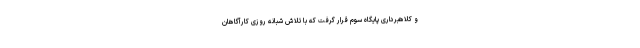
و کلاهبرداری پایگاه سوم قرار گرفت که با تلاش شبانه روزی کارآگاهان